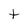
Character: t